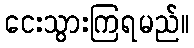
ငေးသွားကြရမည်။